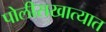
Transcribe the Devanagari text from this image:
पोलीसखात्यात